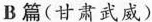
B篇（甘肃武威）